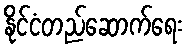
နိုင်ငံတည်ဆောက်ရေး